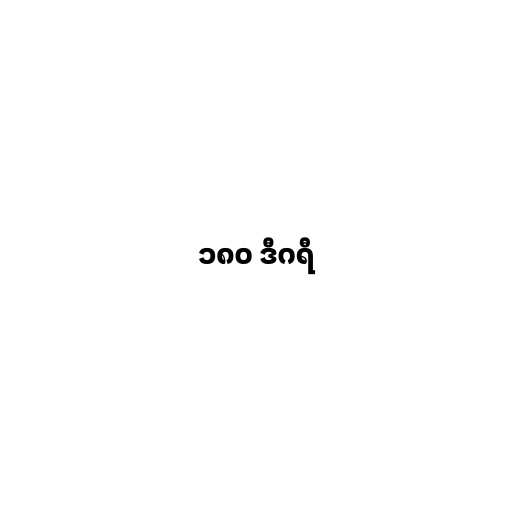
၁၈၀ ဒီဂရီ